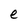
Character: e